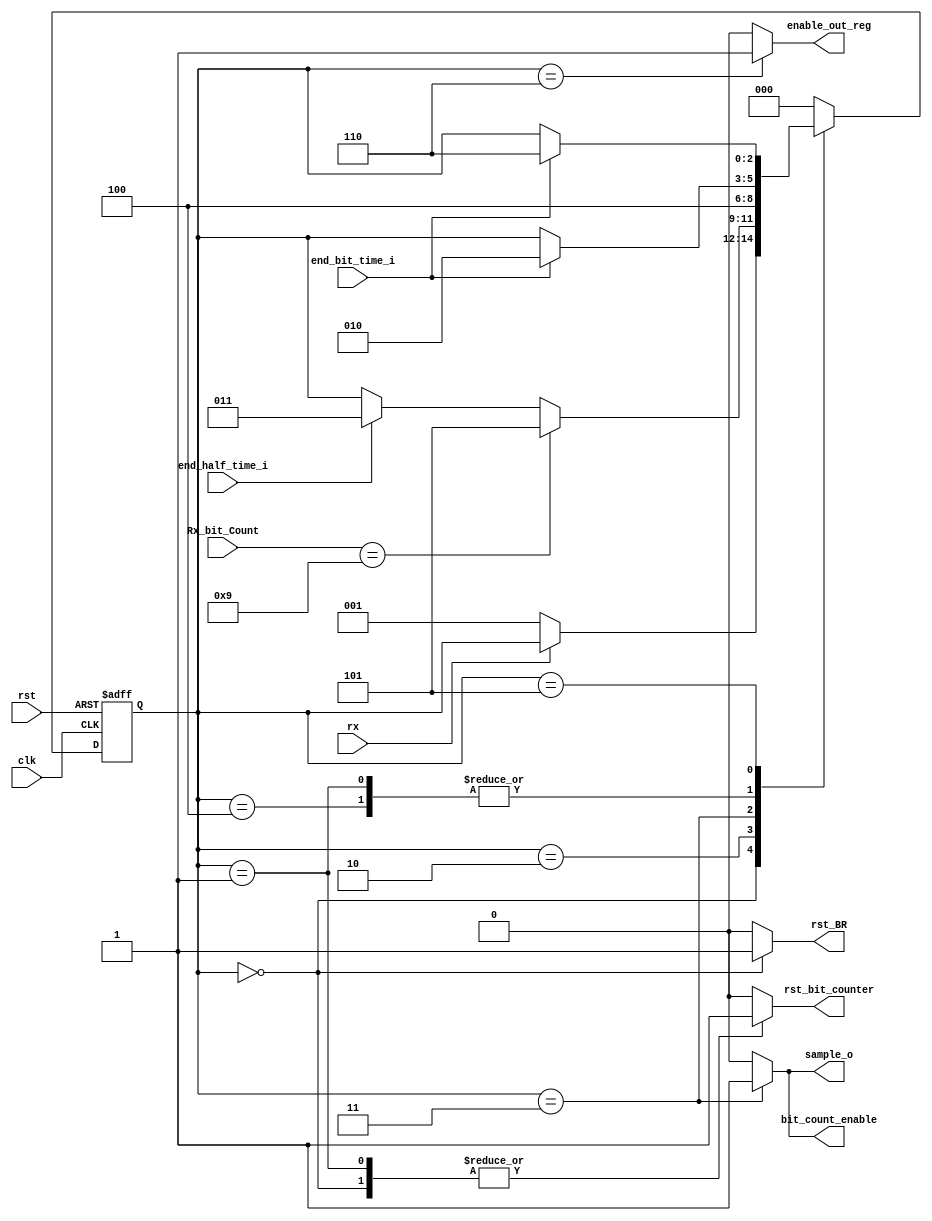
//////////////////////////////////////////////////////////////////////////////////
// Company: ITESO
// Finite State Machine to control a RS232 Receiver
////////////////////////////////////////////////////////////////////////////////////
module FSM_UART_Rx(
    input rx,
    input clk,
    input rst,
    input end_half_time_i,
    input end_bit_time_i,
    input [3:0] Rx_bit_Count,
    output reg sample_o,
    output reg bit_count_enable,
    output reg rst_BR,
    output reg rst_bit_counter,
    output reg enable_out_reg
    );

localparam INI_S		= 3'b000;
localparam START_S		= 3'b001;
localparam RX_BITS_S	= 3'b010;
localparam SAMPLE_S		= 3'b011;
localparam RX_WAIT_S	= 3'b100;
//localparam PARITY_S		= 3'b101;
//localparam SAMPLE_PAR_S	= 3'b110;
localparam STOP_S			= 3'b101;
localparam SAVE_RX_DATA_S	= 3'b110;

reg [2:0] Rx_state;


always @(posedge rst, posedge clk)
	begin
		if (rst) 
			Rx_state<= INI_S;
		else 
		case (Rx_state)
				INI_S: 		if (~rx)
								Rx_state <= START_S;
				START_S:		if (end_bit_time_i)
								Rx_state <= RX_BITS_S;
				RX_BITS_S:	if (Rx_bit_Count == 4'b1001)
								Rx_state <= STOP_S;
							else
								if (end_half_time_i)
									Rx_state <= SAMPLE_S;
				SAMPLE_S:		Rx_state <= RX_WAIT_S;
				RX_WAIT_S:	if (end_bit_time_i)	
								Rx_state <= RX_BITS_S;
				STOP_S:		if (end_bit_time_i)	
								Rx_state <= SAVE_RX_DATA_S;
				SAVE_RX_DATA_S:Rx_state <= INI_S;
				default:		Rx_state <= INI_S;
		endcase
	end
// OUTPUT DEFINITION
always @(Rx_state)
	begin
				case(Rx_state)
				INI_S: 	
					begin
						sample_o = 1'b0;
						bit_count_enable = 1'b0;
						rst_BR = 1'b1;
						rst_bit_counter = 1'b1;
						enable_out_reg = 1'b0;
						
					end
				START_S: 	
					begin
						sample_o = 1'b0;
						bit_count_enable = 1'b0;
						rst_BR = 1'b0;
						rst_bit_counter = 1'b1;
						enable_out_reg = 1'b0;
						
					end
				RX_BITS_S: 	
					begin
						sample_o = 1'b0;
						bit_count_enable = 1'b0;
						rst_BR = 1'b0;
						rst_bit_counter = 1'b0;
						enable_out_reg = 1'b0;
					end
				SAMPLE_S: 	
					begin
						sample_o 		= 1'b1;
						bit_count_enable = 1'b1;
						rst_BR = 1'b0;
						rst_bit_counter = 1'b0;
						enable_out_reg = 1'b0;
					end
				RX_WAIT_S:
					begin
						sample_o 		= 1'b0;
						bit_count_enable = 1'b0;
						rst_BR = 1'b0;
						rst_bit_counter = 1'b0;
						enable_out_reg = 1'b0;
					end
				STOP_S: 	
					begin
						sample_o = 1'b0;
						bit_count_enable = 1'b0;
						rst_BR = 1'b0;
						rst_bit_counter = 1'b0;
						enable_out_reg = 1'b0;
					end
				SAVE_RX_DATA_S: 	
					begin
						sample_o = 1'b0;
						bit_count_enable = 1'b0;
						rst_BR = 1'b0;
						rst_bit_counter = 1'b0;
						enable_out_reg = 1'b1;
					end						
				default:
					begin
						sample_o = 1'b0;
						bit_count_enable = 1'b0;
						rst_BR = 1'b0;
						rst_bit_counter = 1'b0;
						enable_out_reg = 1'b0;
					end
			endcase
	end
endmodule